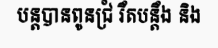
បន្តបានពូនជ្រំ រឹតបន្តឹង និង